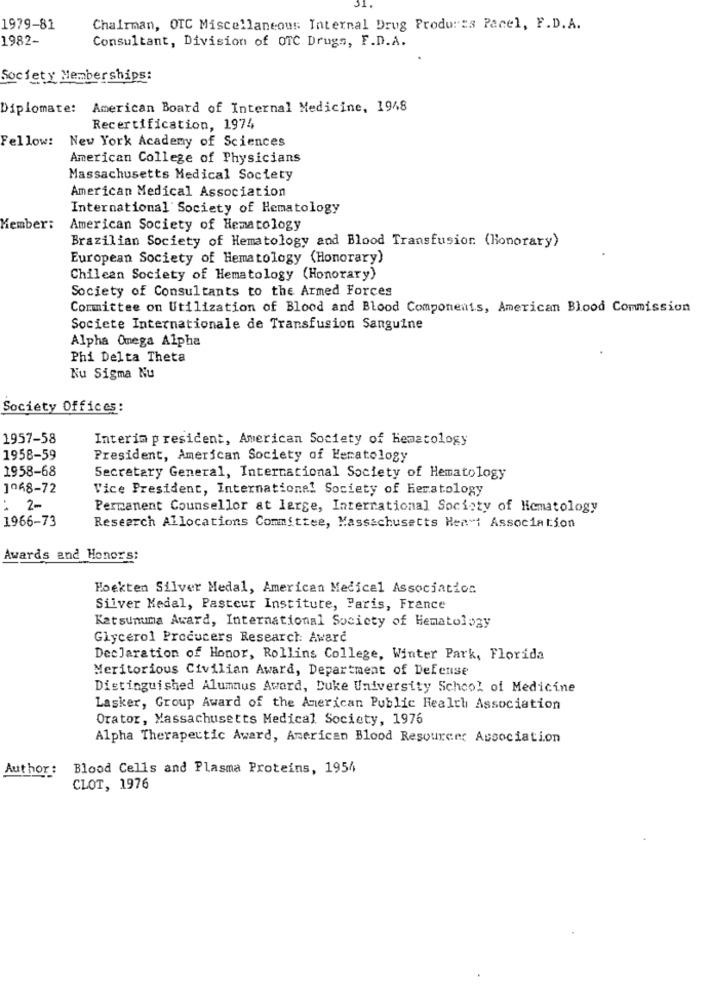
1979-81
Chairman, OTC Miscellaneous Internal Drug Produres Pacel, F.D.A.
1982-
Consultant, Division of OTC Drugs, F.D.A.
Society Memberships:
Diplomate: American Board of Internal Medicine, 1948
Recertification, 1974
Fellow: New York Academy of Sciences
American College of Physicians
Massachusetts Medical Society
American Medical Association
International Society of Hematology
Kember:
American Society of Hematology
Brazilian Society of Hematology and Blood Transfusion (Honorary)
European Society of Hematology (Honorary)
Chilean Society of Hematology (Honorary)
Society of Consultants to the Armed Forces
Committee on Utilization of Blood and Blood Components, American Blood Commission
Societe Internationale de Transfusion Sanguine
Alpha Omega Alpha
Phi Delta Theta
Nu Sigma Nu
Society Offices:
1957-58
Interim president, American Society of Hematology
1958-59
President, American Society of Keratology
1958-68
Secretary General, International Society of Hematology
1068-72
Vice President, International Society of Hematology
:
2-
Permanent Counsellor at large, International Society of Hematology
1966-73
Research Allocations Committee, Massachusetts Hen"i Association
Awards and Honors:
Hoekten Silver Medal, American Medical Association
Silver Medal, Pasteur Institute, Paris, France
Katsunuma Award, International Society of Hematology
Glycerol Producers Research: Award
Declaration of Honor, Rollins College, Winter Park, Florida
Meritorious Civilian Award, Department of Defense
Distinguished Alumnus Award, Duke University School of Medicine
Lasker, Group Award of the American Public Health Association
Orator, Massachusetts Medical Society, 1976
Alpha Therapeutic Award, American Blood Resource: Association
Author:
Blood Cells and Plasma Proteins, 1954
CLOT, 1976